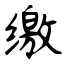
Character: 缴